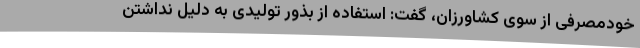
خودمصرفی از سوی کشاورزان، گفت: استفاده از بذور تولیدی به دلیل نداشتن